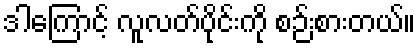
ဒါကြောင့် လူလတ်ပိုင်းကို စဉ်းစားတယ်။